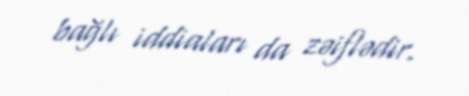
bağlı iddiaları da zəiflədir.